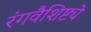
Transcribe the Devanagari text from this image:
रंगवैशिष्ट्ये